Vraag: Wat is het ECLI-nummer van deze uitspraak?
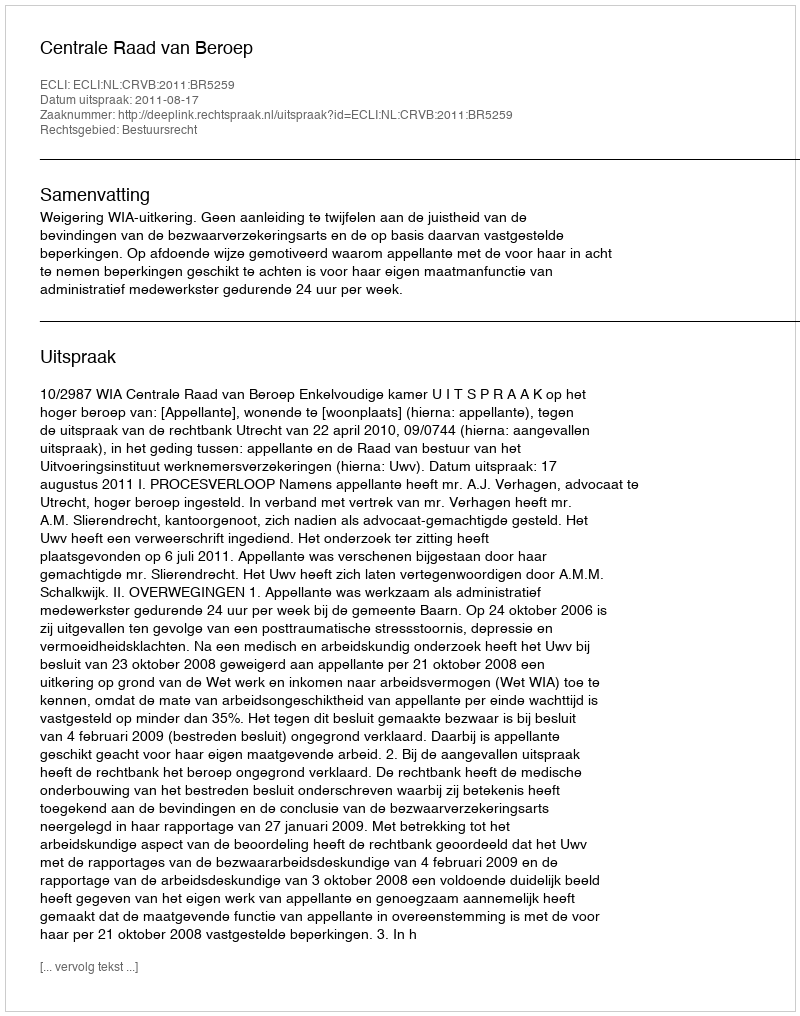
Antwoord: ECLI:NL:CRVB:2011:BR5259